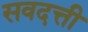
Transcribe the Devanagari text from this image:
सवदत्ती